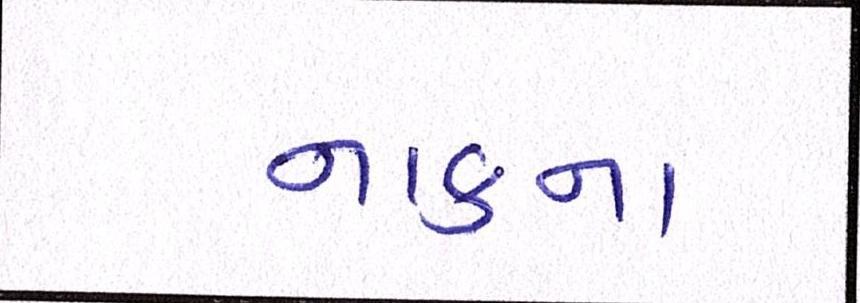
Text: નાકના